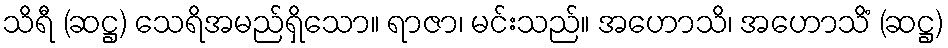
သိရီ (ဆဋ္ဌ) သေရိအမည်ရှိသော။ ရာဇာ၊ မင်းသည်။ အဟောသိ၊ အဟောသိံ (ဆဋ္ဌ)